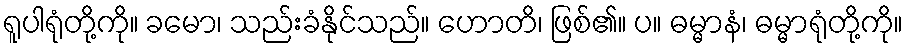
ရူပါရုံတို့ကို။ ခမော၊ သည်းခံနိုင်သည်။ ဟောတိ၊ ဖြစ်၏။ ပ။ ဓမ္မာနံ၊ ဓမ္မာရုံတို့ကို။